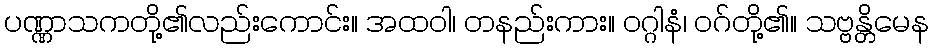
ပဏ္ဏာသကတို့၏လည်းကောင်း။ အထဝါ၊ တနည်းကား။ ဝဂ္ဂါနံ၊ ဝဂ်တို့၏။ သဗ္ဗန္တိမေန